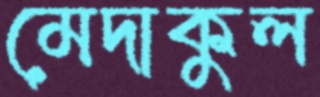
মেদাকুল